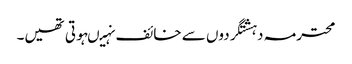
محترمہ دہشتگردوں سے خائف نہیںہوتی تھیں۔